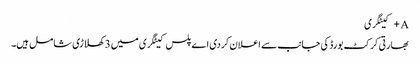
A+ کیٹگری
بھارتی کرکٹ بورڈ کی جانب سے اعلان کردی اے پلس کیٹگری میں 3 کھلاڑی شامل ہیں۔